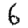
Digit: 6